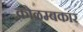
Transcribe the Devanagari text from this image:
कोळम्बकार